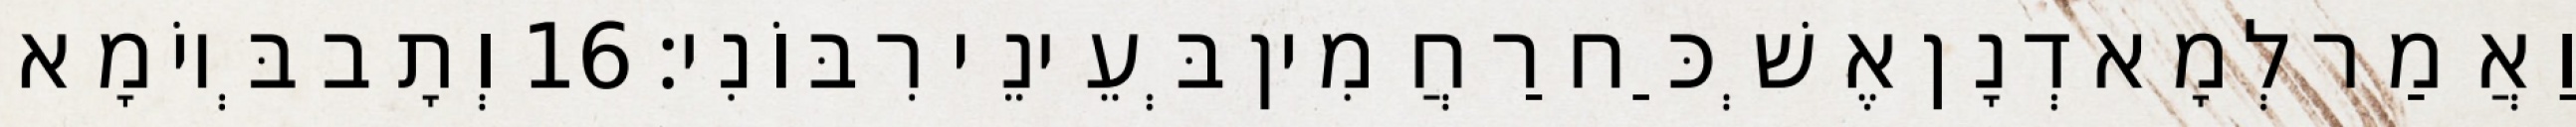
וַאֲמַר לְמָא דְנָן אֶשְׁכַּח רַחֲמִין בְּעֵינֵי רִבּוֹנִי׃ 16 וְתָב בְּיוֹמָא